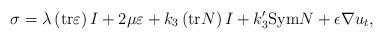
LaTeX: \begin{align*}\sigma =\lambda \left( \mathrm{tr}\varepsilon \right) I+2\mu \varepsilon+k_{3}\left( \mathrm{tr}N\right) I+k_{3}^{\prime }\mathrm{Sym}N+\epsilon\nabla u_{t}, \end{align*}